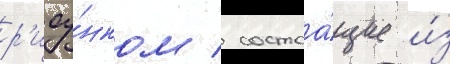
р'ису́нком / состоа́щие и́з